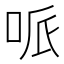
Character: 哌